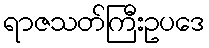
ရာဇသတ်ကြီးဥပဒေ